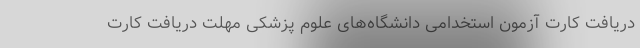
دریافت کارت آزمون استخدامی دانشگاه‌های علوم پزشکی مهلت دریافت کارت